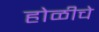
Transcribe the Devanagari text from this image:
होळीचे